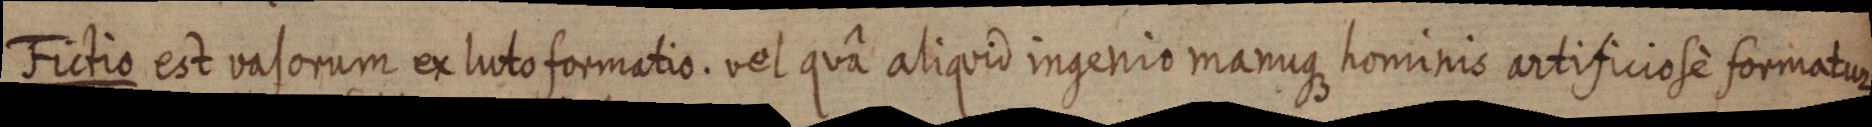
Fictio est vasorum ex luto formatio. vel quâ aliquid ingenio manuque hominis artificiose formatur